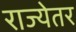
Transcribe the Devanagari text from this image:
राज्येतर